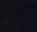
મયિ